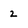
Character: 2